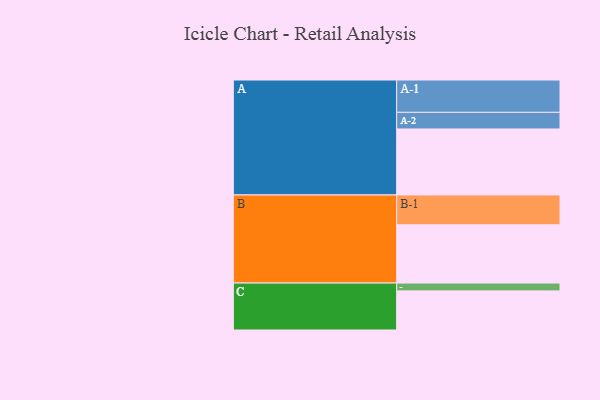
{"axis": {"x": "Segment", "y": "Value"}, "legend": ["", "A", "B", "C"], "data": [{"x": "A", "y": 582, "type": ""}, {"x": "B", "y": 514, "type": ""}, {"x": "C", "y": 345, "type": ""}, {"x": "A-1", "y": 285, "type": "A"}, {"x": "A-2", "y": 147, "type": "A"}, {"x": "B-1", "y": 263, "type": "B"}, {"x": "C-1", "y": 69, "type": "C"}]}